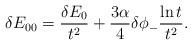
LaTeX: \begin{align*}\delta E_{00} = \frac{\delta E_0}{t^2} + \frac{3\alpha}{4}\delta\phi_{-}\frac{\ln t}{t^2}.\end{align*}